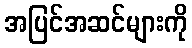
အပြင်အဆင်များကို